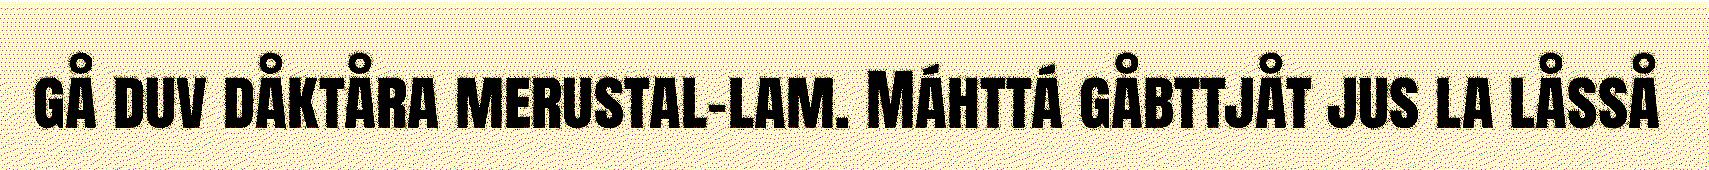
gå duv dåktåra merustal-lam. Máhttá gåbttjåt jus la låsså